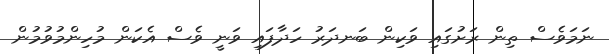
ނަމަވެސް ތިން ރަށުގައި ވަކިން ބަނދަރު ހަދާފައި ވަނީ ވެސް އެކަން މުހިންމުވުމުން